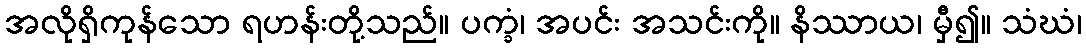
အလိုရှိကုန်သော ရဟန်းတို့သည်။ ပက္ခံ၊ အပင်း အသင်းကို။ နိဿာယ၊ မှီ၍။ သံဃံ၊